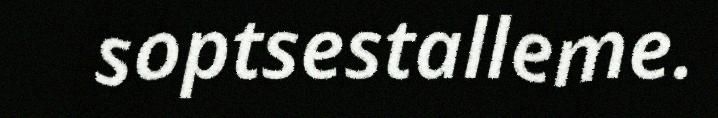
soptsestalleme.